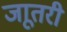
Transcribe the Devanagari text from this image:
जाूतरी